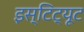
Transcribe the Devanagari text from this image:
इस्टिट्यूट